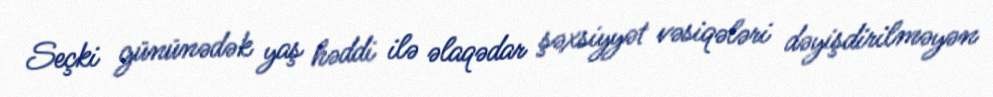
Seçki gününədək yaş həddi ilə əlaqədar şəxsiyyət vəsiqələri dəyişdirilməyən